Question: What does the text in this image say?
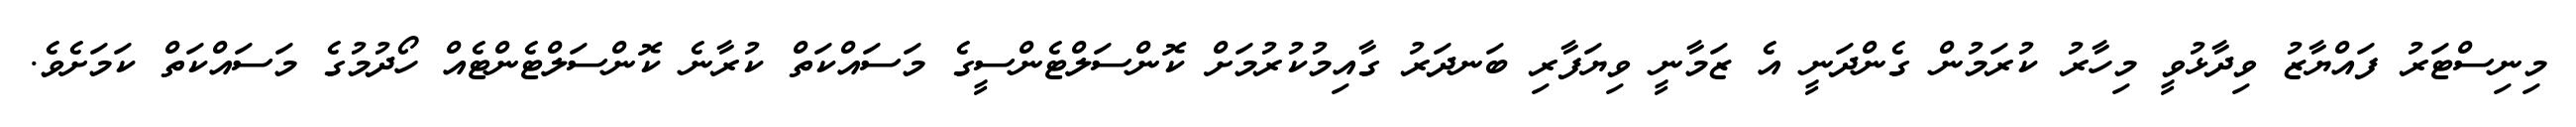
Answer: މިނިސްޓަރު ފައްޔާޒު ވިދާޅުވީ މިހާރު ކުރަމުން ގެންދަނީ އެ ޒަމާނީ ވިޔަފާރި ބަނދަރު ގާއިމުކުރުމަށް ކޮންސަލްޓެންސީގެ މަސައްކަތް ކުރާނެ ކޮންސަލްޓެންޓެއް ހޯދުމުގެ މަސައްކަތް ކަމަށެވެ.